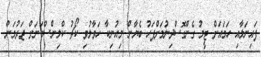
ފައިނަލާއި ހަމައަށް ޓީމު ގެންގޮސްދިނުމަށްފަހު ބެޔާން މިއުނިކާ ހަވާލުވި ކޯޗު ކްލިންސްމަނަށް ޖަރުމަން